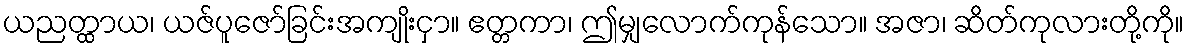
ယညတ္ထာယ၊ ယဇ်ပူဇော်ခြင်းအကျိုးငှာ။ ဧတ္တကာ၊ ဤမျှလောက်ကုန်သော။ အဇာ၊ ဆိတ်ကုလားတို့ကို။